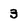
Character: 3